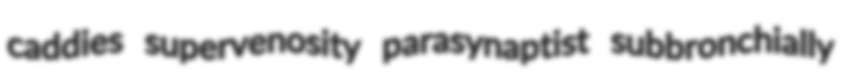
caddies supervenosity parasynaptist subbronchially